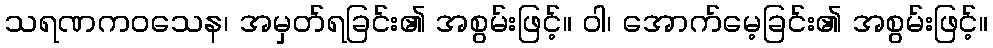
သရဏကဝသေန၊ အမှတ်ရခြင်း၏ အစွမ်းဖြင့်။ ဝါ၊ အောက်မေ့ခြင်း၏ အစွမ်းဖြင့်။